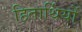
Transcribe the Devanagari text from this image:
हितार्थियों